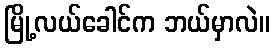
မြို့လယ်ခေါင်က ဘယ်မှာလဲ။